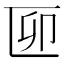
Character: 𠥰